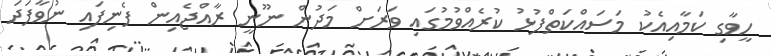
ހީވާގި ކަމާއިއެކު މަސައްކަތްޕުޅު ކުރެއްވުމުގައި ވަރަށް މަދުން ނޫނީ ރާއްޖެއިން ފެނިފައި ނުވާފަދަ